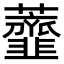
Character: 虀